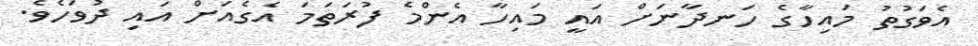
އެވަގުތު މައިހާގެ ހަނދާނަށް އައީ މައިހާ އެންމެ ފުރަތަމަ އެގެއަށް އައި ދުވަހެވެ.